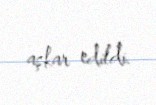
aşkar edildi.